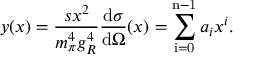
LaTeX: y ( x ) = \frac { s x ^ { 2 } } { m _ { \pi } ^ { 4 } g _ { R } ^ { 4 } } \frac { \mathrm { d } \sigma } { \mathrm { d } \Omega } ( x ) = \sum _ { \mathrm { i = 0 } } ^ { \mathrm { n - 1 } } a _ { i } x ^ { i } .